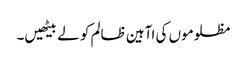
مظلوموں کی اآہین ظالم کو لے بیٹھیں۔